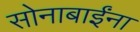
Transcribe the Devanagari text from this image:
सोनाबाईंना